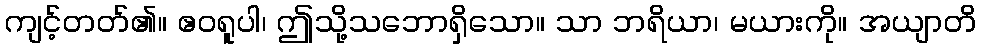
ကျင့်တတ်၏။ ဧဝရူပါ၊ ဤသို့သဘောရှိသော။ သာ ဘရိယာ၊ မယားကို။ အယျာတိ